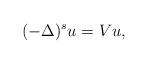
LaTeX: \begin{align*}(-\Delta)^s u = Vu,\end{align*}